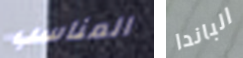
المناسب الباندا